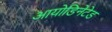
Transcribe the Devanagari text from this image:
आयोडिनेटेड